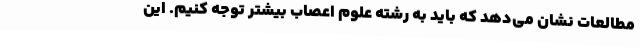
مطالعات نشان می‌دهد که باید به رشته علوم اعصاب بیشتر توجه کنیم. این